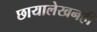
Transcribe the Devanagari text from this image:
छायालेखनही